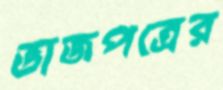
ভাজপত্রের